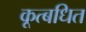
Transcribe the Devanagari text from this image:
कूत्बधित